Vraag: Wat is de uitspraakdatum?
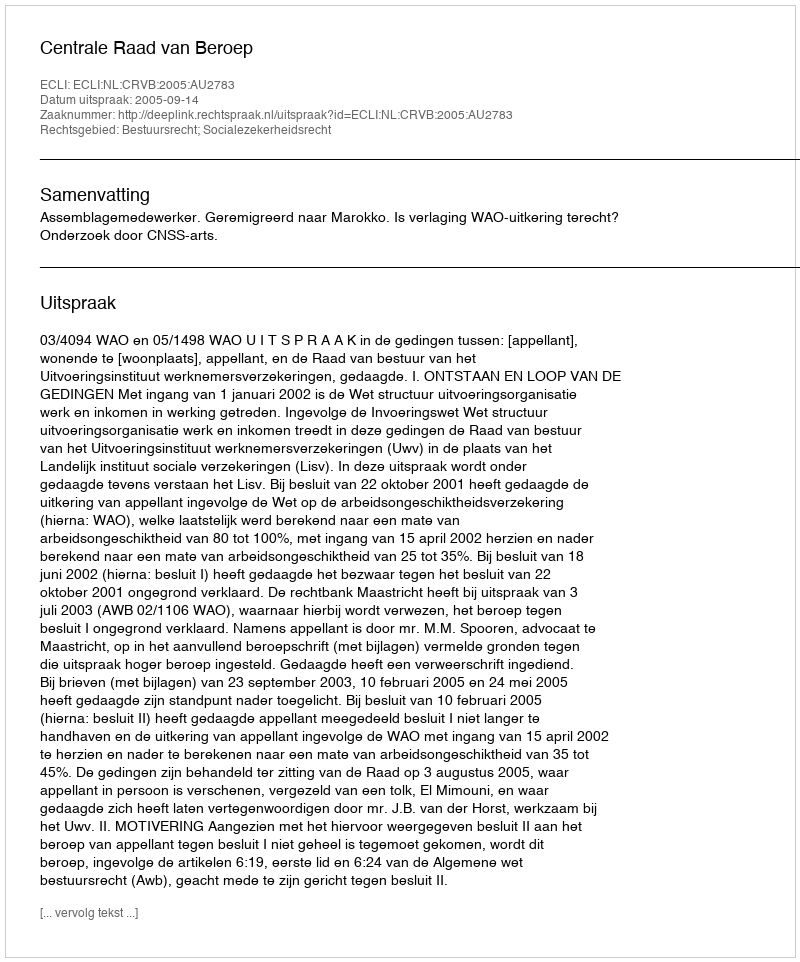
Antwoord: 2005-09-14